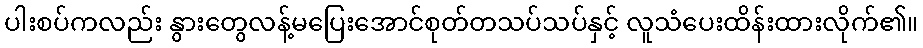
ပါးစပ်ကလည်း နွားတွေလန့်မပြေးအောင်စုတ်တသပ်သပ်နှင့် လူသံပေးထိန်းထားလိုက်၏။